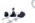
هذه